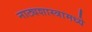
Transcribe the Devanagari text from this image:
नाट्यशास्त्रामध्ये